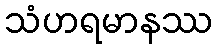
သံဟရမာနဿ